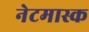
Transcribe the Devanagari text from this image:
नेटमास्क